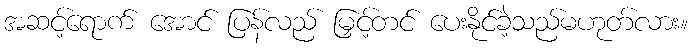
အဆင့်ရောက် အောင် ပြန်လည် မြှင့်တင် ပေးနိုင်ခဲ့သည်မဟုတ်လား။